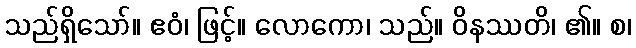
သည်ရှိသော်။ ဧဝံ၊ ဖြင့်။ လောကော၊ သည်။ ဝိနဿတိ၊ ၏။ စ၊